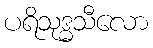
ပရိသုဒ္ဓသီလော